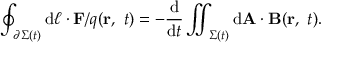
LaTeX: \oint _ { \partial \Sigma ( t ) } \mathrm { d } { \boldsymbol { \ell } } \cdot \mathbf { F } / q ( \mathbf { r } , \ t ) = - { \frac { \mathrm { d } } { \mathrm { d } t } } \iint _ { \Sigma ( t ) } \mathrm { d } \mathbf { A } \cdot \mathbf { B } ( \mathbf { r } , \ t ) .